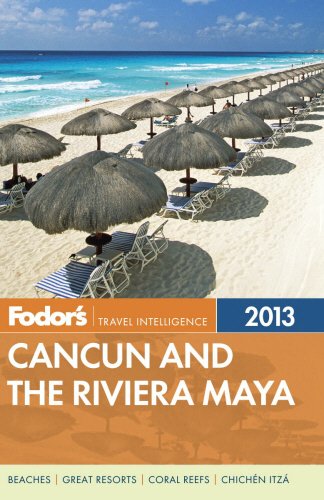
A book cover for Fodor's Cancun and the Riviera Maya 2013: with Cozumel and the Best of the Yucatan (Full-color Travel Guide); Fodor's; Travel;